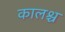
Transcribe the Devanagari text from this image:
कालश्च